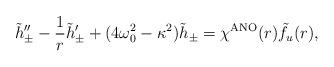
\begin{align*}\tilde{h}_{\pm}'' - \frac{1}{r} \tilde{h}_{\pm}'+ (4 \omega_0^2 - \kappa^2)\tilde{h}_{\pm} =\chi^{\rm ANO}(r) \tilde{f}_u(r),\end{align*}